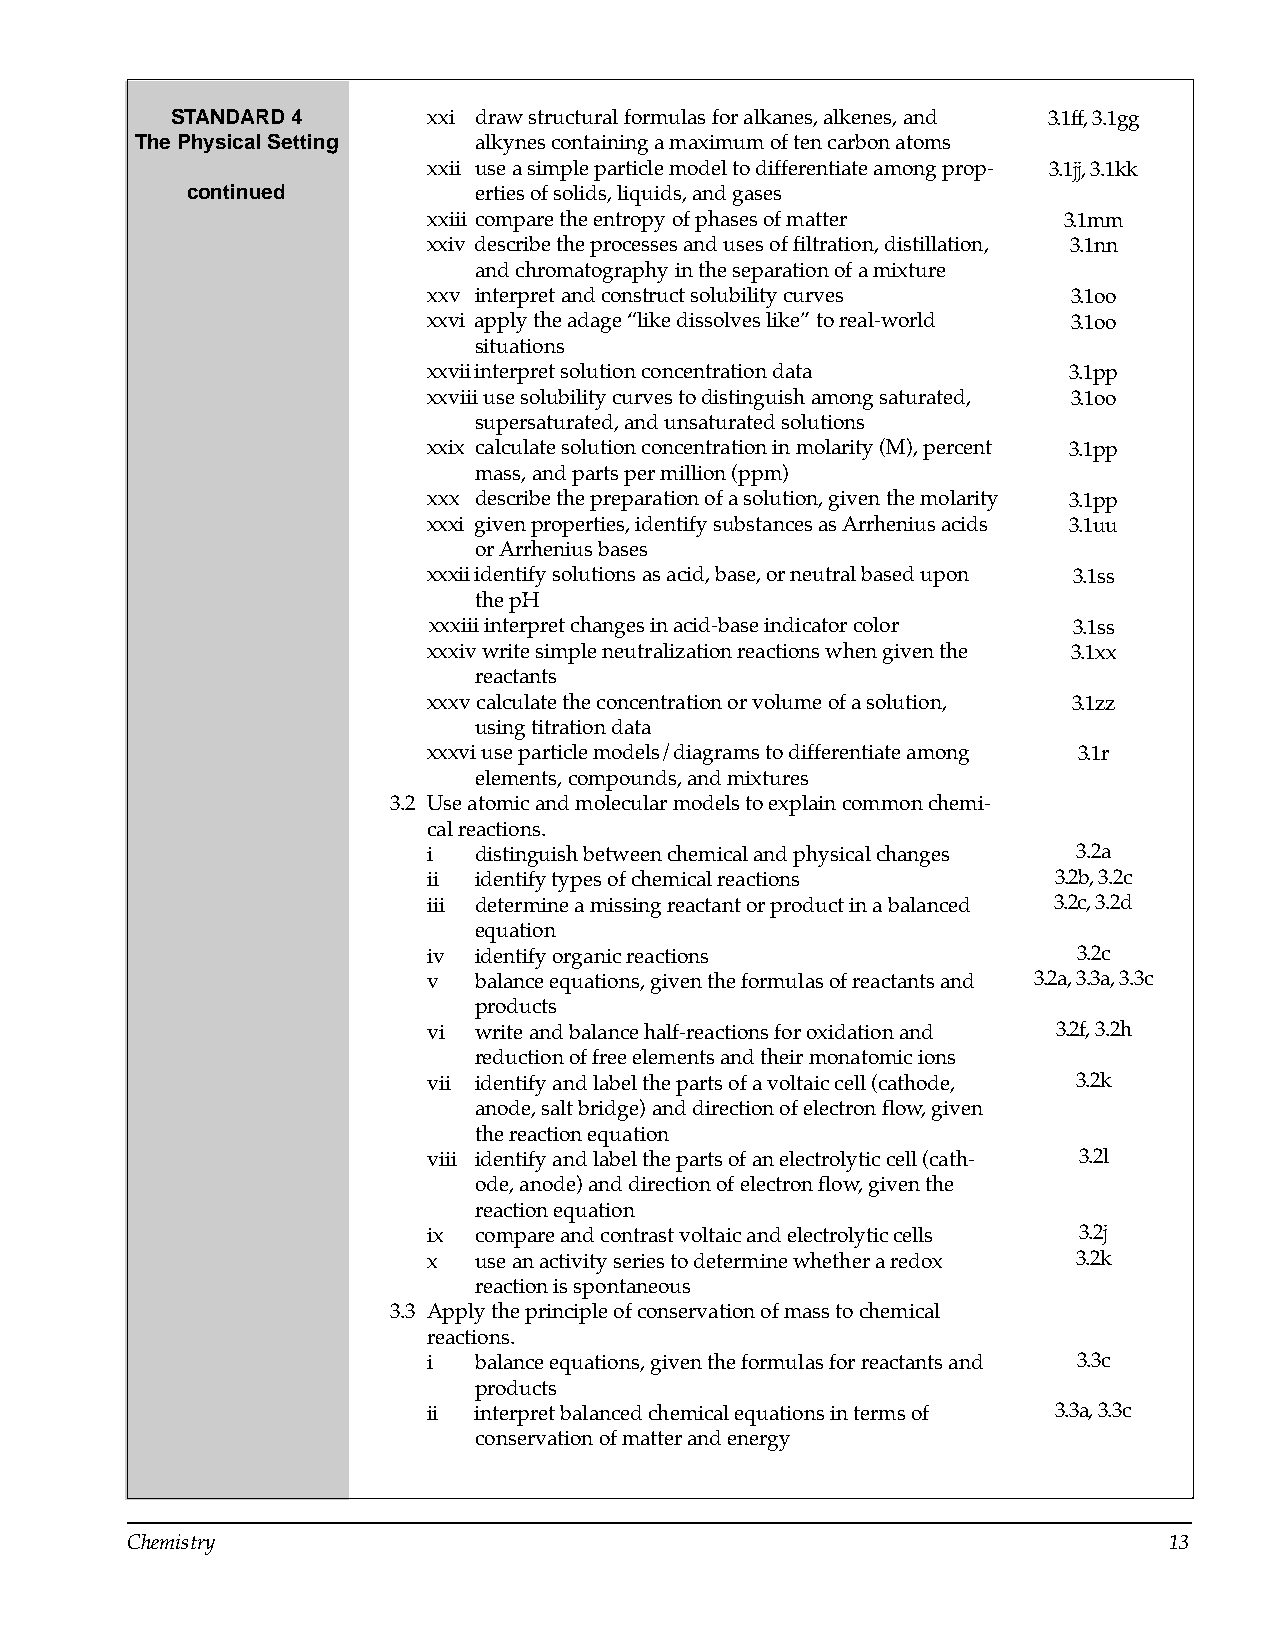
STANDARD 4       xxi draw structural formulas for alkanes, alkenes, and 3.1ff, 3.1gg
 The Physical Setting  alkynes containing a maximum of ten carbon atoms
 xxii use a simple particle model to differentiate among prop­ 3.1jj, 3.1kk
 continued          erties of solids, liquids, and gases
 xxiii compare the entropy of phases of matter 3.1mm
 xxiv describe the processes and uses of filtration, distillation, 3.1nn
 and chromatography in the separation of a mixture
 xxv interpret and construct solubility curves 3.1oo
 xxvi apply the adage “like dissolves like” to real-world 3.1oo
 situations
 xxviiinterpret solution concentration data 3.1pp
 xxviii use solubility curves to distinguish among saturated, 3.1oo
 supersaturated, and unsaturated solutions
 xxix calculate solution concentration in molarity (M), percent 3.1pp
 mass, and parts per million (ppm)
 xxx describe the preparation of a solution, given the molarity 3.1pp
 xxxi given properties, identify substances as Arrhenius acids 3.1uu
 or Arrhenius bases
 xxxii identify solutions as acid, base, or neutral based upon 3.1ss
 the pH
 xxxiii interpret changes in acid-base indicator color 3.1ss
 xxxiv write simple neutralization reactions when given the 3.1xx
 reactants
 xxxv calculate the concentration or volume of a solution, 3.1zz
 using titration data
 xxxvi use particle models/diagrams to differentiate among 3.1r
 elements, compounds, and mixtures
 3.2 Use atomic and molecular models to explain common chemi­
 cal reactions.
 i  distinguish between chemical and physical changes 3.2a
 ii identify types of chemical reactions   3.2b, 3.2c
 iii determine a missing reactant or product in a balanced 3.2c, 3.2d
 equation
 iv identify organic reactions              3.2c
 v  balance equations, given the formulas of reactants and 3.2a, 3.3a, 3.3c
 products
 vi write and balance half-reactions for oxidation and 3.2f, 3.2h
 reduction of free elements and their monatomic ions
 vii identify and label the parts of a voltaic cell (cathode, 3.2k
 anode, salt bridge) and direction of electron flow, given
 the reaction equation
 viii identify and label the parts of an electrolytic cell (cath­ 3.2l
 ode, anode) and direction of electron flow, given the
 reaction equation
 ix compare and contrast voltaic and electrolytic cells 3.2j
 x  use an activity series to determine whether a redox 3.2k
 reaction is spontaneous
 3.3 Apply the principle of conservation of mass to chemical
 reactions.
 i  balance equations, given the formulas for reactants and 3.3c
 products
 ii interpret balanced chemical equations in terms of 3.3a, 3.3c
 conservation of matter and energy
 Chemistry                                                            13